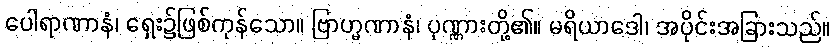
ပေါရာဏာနံ၊ ရှေး၌ဖြစ်ကုန်သော။ ဗြာဟ္မဏာနံ၊ ပုဏ္ဏားတို့၏။ မရိယာဒေါ၊ အပိုင်းအခြားသည်။